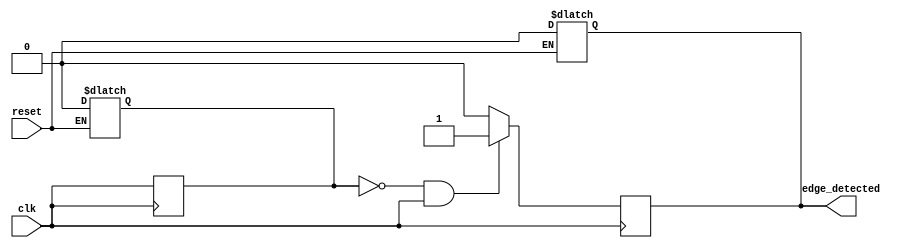
module rising_edge_detector (
    input wire clk,               // The clock or signal to be monitored
    input wire reset,             // Asynchronous reset
    output reg edge_detected      // Output indicating rising edge detected
);

    reg prev_state;               // Holds the previous state of the input signal

    // Asynchronous Reset
    always @(*) begin
        if (reset) begin
            prev_state <= 1'b0;   // Initialize prev_state on reset
            edge_detected <= 1'b0; // Initialize edge_detected on reset
        end
    end

    // Rising edge detection logic
    always @(posedge clk) begin
        // Detect rising edge
        if (prev_state == 1'b0 && clk == 1'b1) begin
            edge_detected <= 1'b1; // Rising edge detected
        end else begin
            edge_detected <= 1'b0;  // Reset edge_detected after one cycle
        end
        
        // Update previous state
        prev_state <= clk; // Store the current state of clk for the next cycle
    end

endmodule